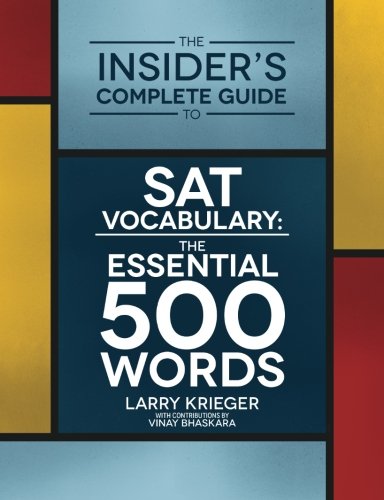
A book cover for The Insider's Complete Guide to SAT Vocabulary: The Essential 500 Words; Mr. Larry Krieger; Test Preparation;